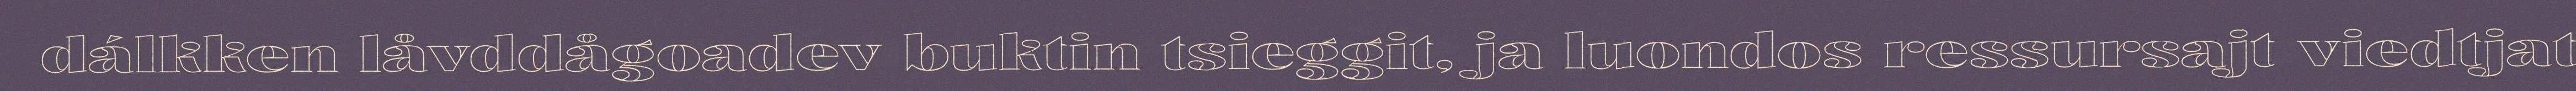
dálkken låvddågoadev buktin tsieggit, ja luondos ressursajt viedtjat